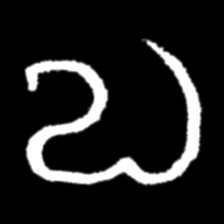
Pyu character \u2014 Myanmar letter: လ (romanized: la)